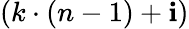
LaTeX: (k\cdot(n-1)+\mathbf{i})